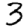
Digit: 3